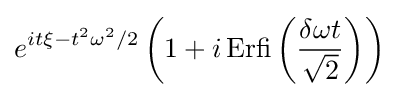
e^{it\xi -t^{2}\omega ^{2}/2}\left(1+i\,{\textrm {Erfi}}\left({\frac {\delta \omega t}{\sqrt {2}}}\right)\right)